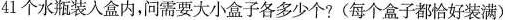
41个水瓶装入盒内，问需要大小盒子各多少个?(每个盒子都恰好装满)